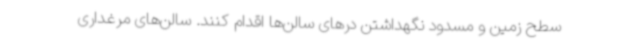
سطح زمین و مسدود نگهداشتن درهای سالن‌ها اقدام کنند. سالن‌های مرغداری